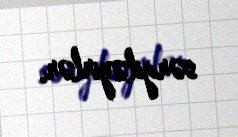
sərgiləyirlər.